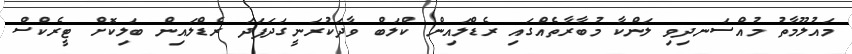
މައުލޫމާތު މުއްސަނދިވި ލަންކާ މުބާރާތެއްގައި ރެޑްލައިން ކްލަބް ވާދަކުރަނީގަދަފަދަ ރެޑްލައިން ބަލިކޮށް ޓީރެކްސް